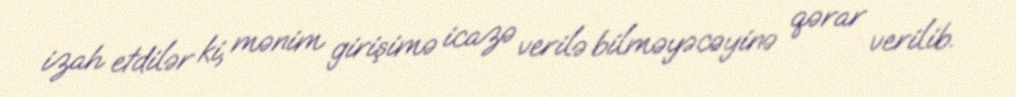
izah etdilər ki, mənim girişimə icazə verilə bilməyəcəyinə qərar verilib.